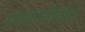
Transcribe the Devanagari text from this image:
प्रस्कोवीवका